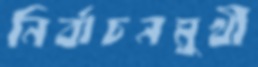
নির্বাচনমুখী